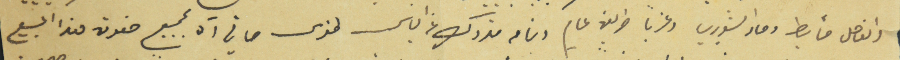
والفاصل حأيط وماء الشويري وغرباً طريق عام وتمامه متروك عن الياس طنوس صافي آل بجميع حقوق هذا البيع